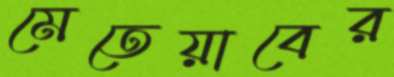
মেতেয়াবের